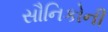
સૌનિકોની